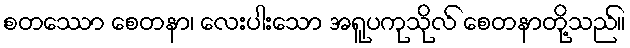
စတဿော စေတနာ၊ လေးပါးသော အရူပကုသိုလ် စေတနာတို့သည်။